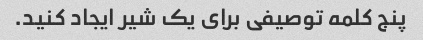
پنج کلمه توصیفی برای یک شیر ایجاد کنید.